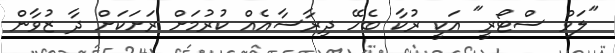
"ލަވް ސްޓޯރީ" އަކީ ރުކާ ބެހޭ ދިރާސާއެއް ކުރުމަށް ރަށަކަށް ދާ ޒުވާން